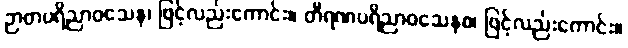
ဉာတပရိညာဝသေန၊ ဖြင့်လည်းကောင်း။ တီရဏပရိညာဝသေနစ၊ ဖြင့်လည်းကောင်း။